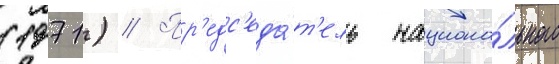
(1971) // Пр'едс'еда́т'ель национа́льного